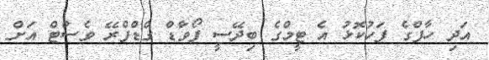
އަދި ހާފްގެ ފަހުކޮޅު އެ ޓީމްގެ ބިދޭސީ ފޯވާޑް ގްޑްފްރޭ ވެސްޓް އަށް